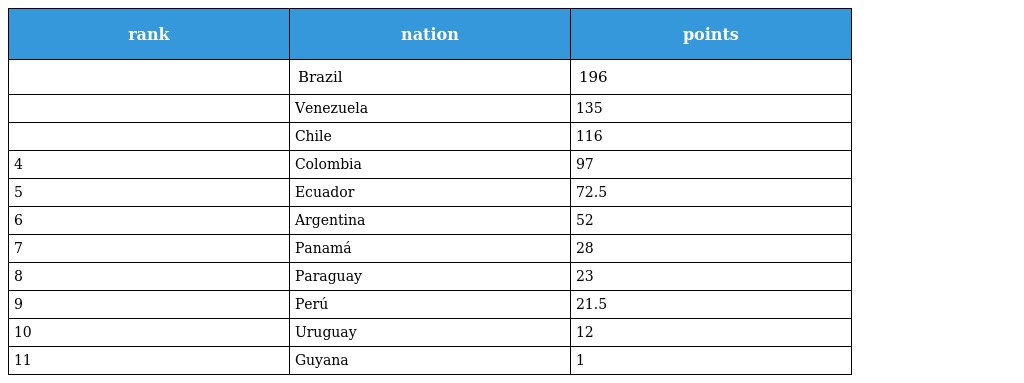
| rank | nation | points |
 | --- | --- | --- |
 |  | Brazil | 196 |
 |  | Venezuela | 135 |
 |  | Chile | 116 |
 | 4 | Colombia | 97 |
 | 5 | Ecuador | 72.5 |
 | 6 | Argentina | 52 |
 | 7 | Panamá | 28 |
 | 8 | Paraguay | 23 |
 | 9 | Perú | 21.5 |
 | 10 | Uruguay | 12 |
 | 11 | Guyana | 1 |